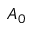
A _ { 0 }